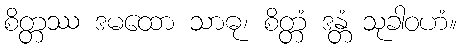
စိတ္တဿ ဒမထော သာဓု၊ စိတ္တံ ဒန္တံ သုခါဝဟံ။